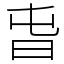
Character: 旾